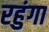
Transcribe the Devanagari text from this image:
रहुंगा